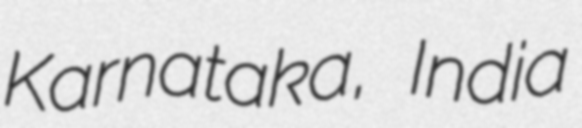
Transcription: Karnataka, India